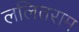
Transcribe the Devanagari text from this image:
ललितराम